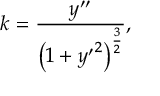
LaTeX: k = { \frac { y ^ { \prime \prime } } { \left( 1 + { y ^ { \prime } } ^ { 2 } \right) ^ { \frac { 3 } { 2 } } } } ,